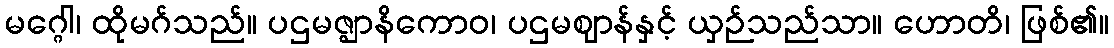
မဂ္ဂေါ၊ ထိုမဂ်သည်။ ပဌမဇ္ဈာနိကောဝ၊ ပဌမဈာန်နှင့် ယှဉ်သည်သာ။ ဟောတိ၊ ဖြစ်၏။